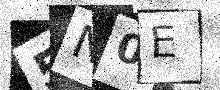
Text: 5N0E